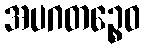
အပဂတဉ္စေဝ